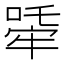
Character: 𤚧